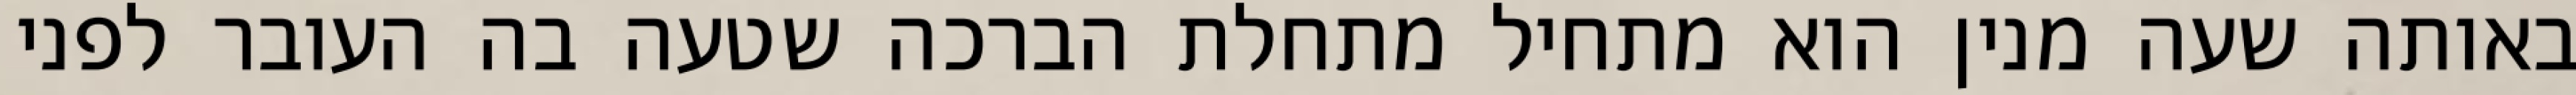
באותה שעה מנין הוא מתחיל מתחלת הברכה שטעה בה העובר לפני